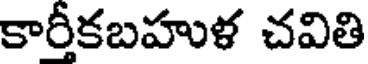
కారీకబహుళ చవితి